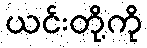
ယင်းတို့ကို